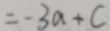
= - 3 a + c